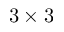
3 \times 3